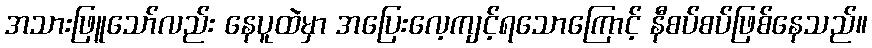
အသားဖြူသော်လည်း နေပူထဲမှာ အပြေးလေ့ကျင့်ရသောကြောင့် နီစပ်စပ်ဖြစ်နေသည်။